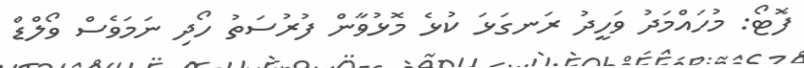
ފޮޓޯ: މުހައްމަދު ވަހީދު ރަނގަޅަ ކުޅެ މޮޅުވާން ފުރުސަތު ހޯދި ނަމަވެސް ވޯލްޑް